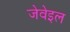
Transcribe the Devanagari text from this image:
जेवेइल